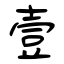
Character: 壹